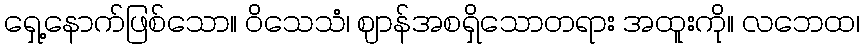
ရှေ့နောက်ဖြစ်သော။ ဝိသေသံ၊ ဈာန်အစရှိသောတရား အထူးကို။ လဘေထ၊